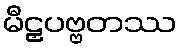
မီဠှပဗ္ဗတဿ